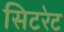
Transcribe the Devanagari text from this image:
सिटरेट